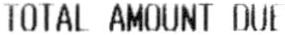
TOTAL AMOUNT DUE